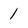
Character: 1